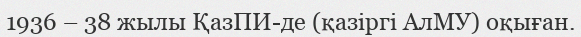
1936 – 38 жылы ҚазПИ-де (қазіргі АлМУ) оқыған.